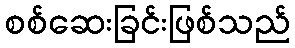
စစ်ဆေးခြင်းဖြစ်သည်